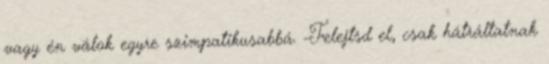
vagy én válok egyre szimpatikusabbá. -Felejtsd el, csak hátráltatnak